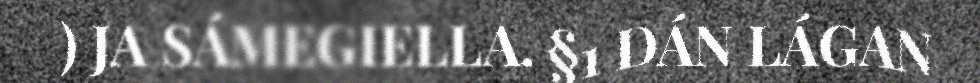
) JA SÁMEGIELLA. §1 DÁN LÁGAN